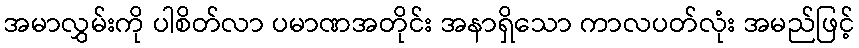
အမာလွှမ်းကို ပါစိတ်လာ ပမာဏအတိုင်း အနာရှိသော ကာလပတ်လုံး အမည်ဖြင့်